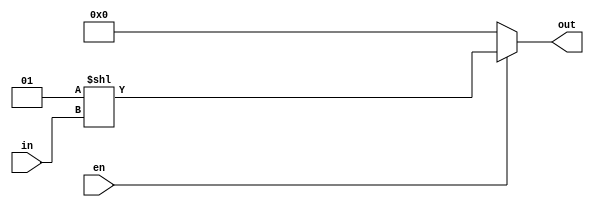
module Decoder5x32(
input [4:0] in, 
input en, 
output [31:0] out 
    );
    assign out = (en)? 1<< in  : 0; 
endmodule